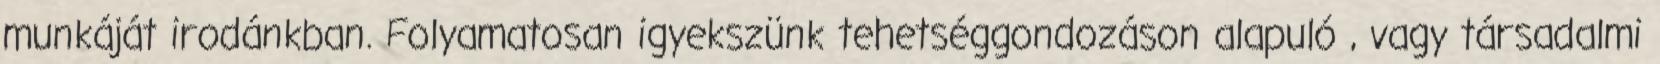
munkáját irodánkban. Folyamatosan igyekszünk tehetséggondozáson alapuló , vagy társadalmi